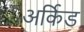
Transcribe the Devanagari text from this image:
अर्किड